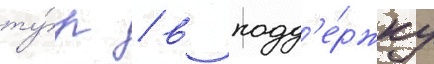
ту́р / в подд'е́ржку